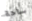
ساحة